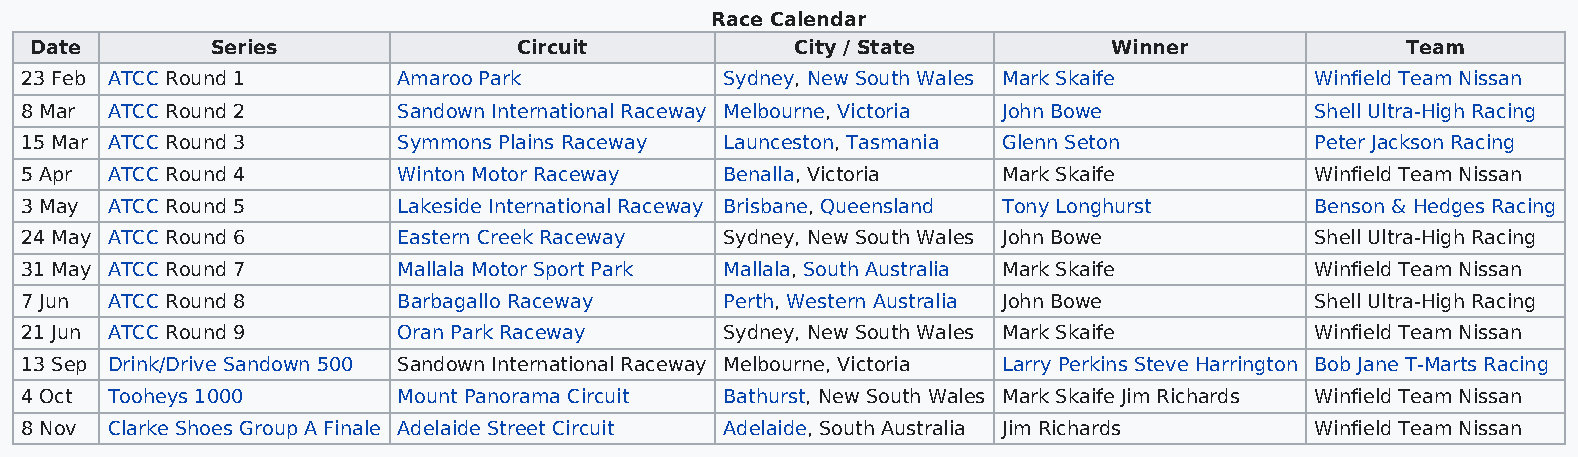
Race Calendar
 Date        Series              Circuit            City / State         Winner             Team
 23 Feb ATCC Round 1      Amaroo Park           Sydney, New South Wales Mark Skaife    Winfield Team Nissan
 8 Mar ATCC Round 2       Sandown International Raceway Melbourne, Victoria John Bowe  Shell Ultra-High Racing
 15 Mar ATCC Round 3      Symmons Plains Raceway Launceston, Tasmania Glenn Seton      Peter Jackson Racing
 5 Apr ATCC Round 4       Winton Motor Raceway  Benalla, Victoria Mark Skaife          Winfield Team Nissan
 3 May ATCC Round 5       Lakeside International Raceway Brisbane, Queensland Tony Longhurst Benson & Hedges Racing
 24 May ATCC Round 6      Eastern Creek Raceway Sydney, New South Wales John Bowe      Shell Ultra-High Racing
 31 May ATCC Round 7      Mallala Motor Sport Park Mallala, South Australia Mark Skaife Winfield Team Nissan
 7 Jun ATCC Round 8       Barbagallo Raceway    Perth, Western Australia John Bowe     Shell Ultra-High Racing
 21 Jun ATCC Round 9      Oran Park Raceway     Sydney, New South Wales Mark Skaife    Winfield Team Nissan
 13 Sep Drink/Drive Sandown 500 Sandown International Raceway Melbourne, Victoria Larry Perkins Steve Harrington Bob Jane T-Marts Racing
 4 Oct Tooheys 1000       Mount Panorama Circuit Bathurst, New South Wales Mark Skaife Jim Richards Winfield Team Nissan
 8 Nov Clarke Shoes Group A Finale Adelaide Street Circuit Adelaide, South Australia Jim Richards Winfield Team Nissan